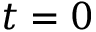
t = 0